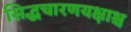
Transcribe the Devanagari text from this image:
सिद्धचारणयक्षाश्च